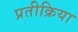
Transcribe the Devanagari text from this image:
प्रतीक्रिया